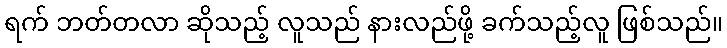
ရက် ဘတ်တလာ ဆိုသည့် လူသည် နားလည်ဖို့ ခက်သည့်လူ ဖြစ်သည်။